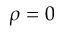
\rho = 0